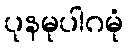
ပုနမုပါဂမုံ